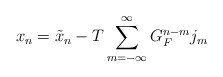
\begin{align*}x_n=\tilde{x}_n-T\sum_{m=-\infty }^\infty G_F^{n-m}j_m\end{align*}